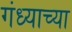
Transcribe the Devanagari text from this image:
गंध्याच्या